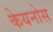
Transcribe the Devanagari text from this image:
केयनोस